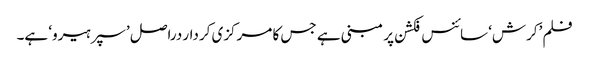
فلم ’کرش‘ سائنس فکشن پر مبنی ہے جس کا مرکزی کردار دراصل ’سپرہیرو‘ ہے۔